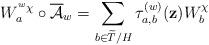
LaTeX: \begin{align*}W_{a}^{\prescript{w}{}{\chi}} \circ \overline{\mathcal{A}}_{w} = \sum_{b \in \widetilde{T}/H} \tau_{a,b}^{(w)} (\mathbf{z}) W_{b}^{\chi}\end{align*}